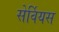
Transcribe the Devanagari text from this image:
सेर्वियस